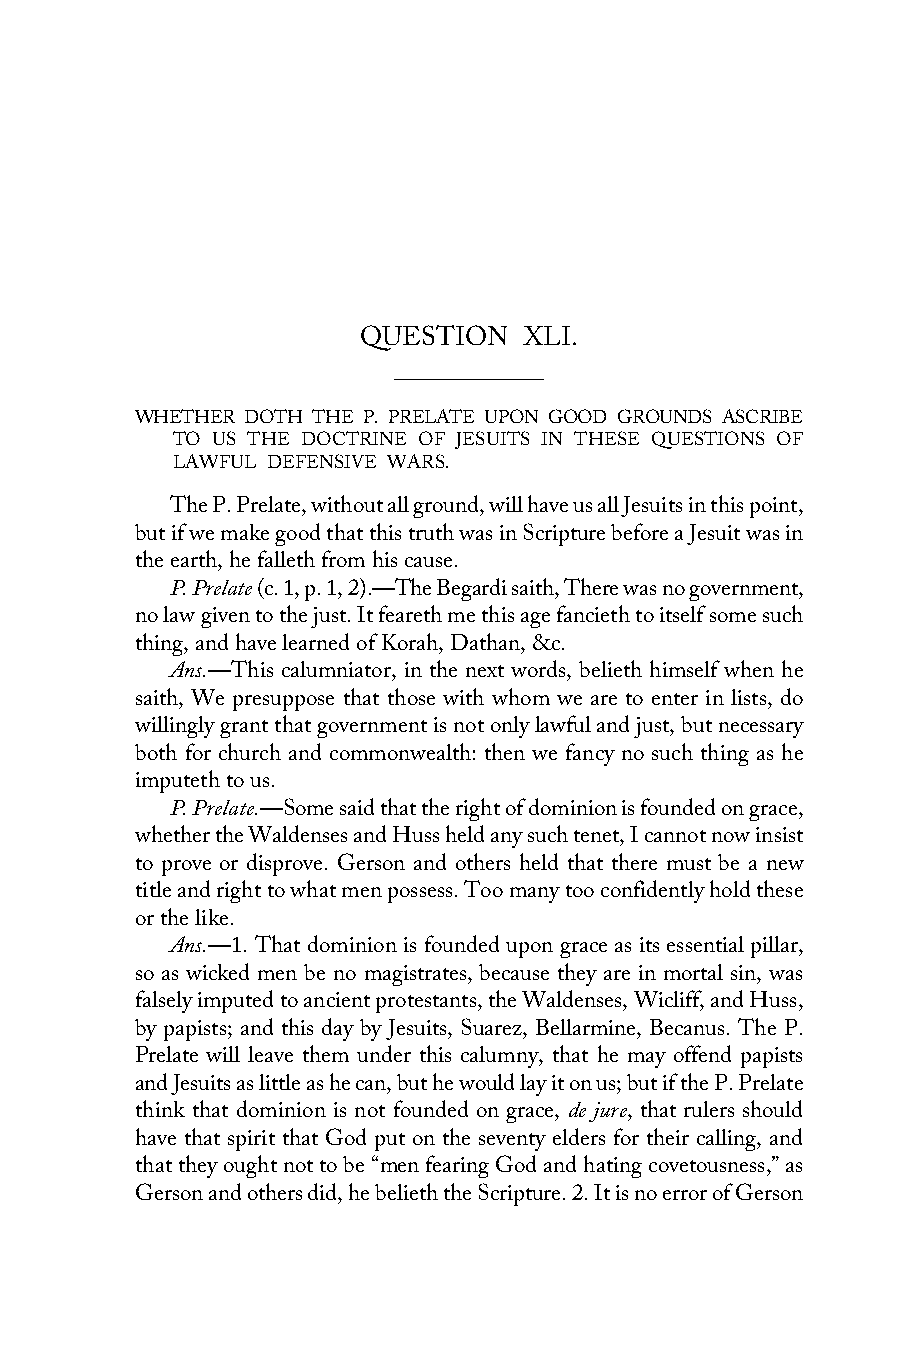
QUESTION   XLI.
 WHETHER DOTH THE P. PRELATE UPON GOOD GROUNDS ASCRIBE
 TO US THE DOCTRINE OF JESUITS IN THESE QUESTIONS OF
 LAWFUL DEFENSIVE WARS.
 The P. Prelate, without all ground, will have us all Jesuits in this point,
 but if we make good that this truth was in Scripture before a Jesuit was in
 the earth, he falleth from his cause.
 P. Prelate (c. 1, p. 1, 2).—The Begardi saith, There was no government,
 no law given to the just. It feareth me this age fancieth to itself some such
 thing, and have learned of Korah, Dathan, &c.
 Ans.—This calumniator, in the next words, belieth himself when he
 saith, We presuppose that those with whom we are to enter in lists, do
 willingly grant that government is not only lawful and just, but necessary
 both for church and commonwealth: then we fancy no such thing as he
 imputeth to us.
 P. Prelate.—Some said that the right of dominion is founded on grace,
 whether the Waldenses and Huss held any such tenet, I cannot now insist
 to prove or disprove. Gerson and others held that there must be a new
 title and right to what men possess. Too many too confidently hold these
 or the like.
 Ans.—1. That dominion is founded upon grace as its essential pillar,
 so as wicked men be no magistrates, because they are in mortal sin, was
 falsely imputed to ancient protestants, the Waldenses, Wicliff, and Huss,
 by papists; and this day by Jesuits, Suarez, Bellarmine, Becanus. The P.
 Prelate will leave them under this calumny, that he may offend papists
 and Jesuits as little as he can, but he would lay it on us; but if the P. Prelate
 think that dominion is not founded on grace, de jure, that rulers should
 have that spirit that God put on the seventy elders for their calling, and
 that they ought not to be “men fearing God and hating covetousness,” as
 Gerson and others did, he belieth the Scripture. 2. It is no error of Gerson